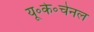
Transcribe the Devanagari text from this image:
यू॰के॰चेनल